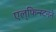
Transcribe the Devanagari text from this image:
एल्‌फिन्स्टनने